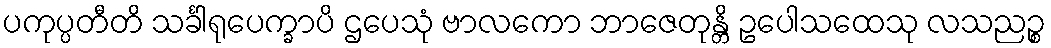
ပကုပ္ပတီတိ သင်္ခါရုပေက္ခာပိ ဌပေသုံ ဗာလကော ဘာဇေတုန္တိ ဥပေါသထေသု လသညဉ္စ